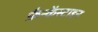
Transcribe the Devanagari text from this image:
फ्रैन्केंस्टाइन